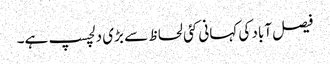
فیصل آباد کی کہانی کئی لحاظ سے بڑی دلچسپ ہے۔